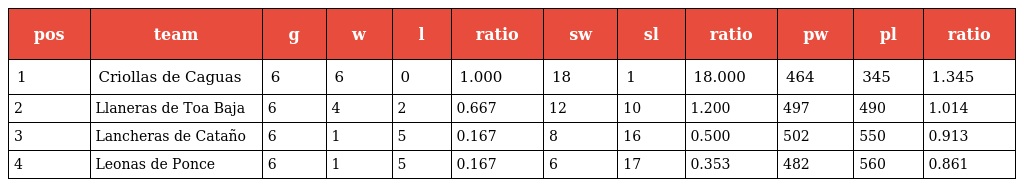
| pos | team | g | w | l | ratio | sw | sl | ratio | pw | pl | ratio |
 | --- | --- | --- | --- | --- | --- | --- | --- | --- | --- | --- | --- |
 | 1 | Criollas de Caguas | 6 | 6 | 0 | 1.000 | 18 | 1 | 18.000 | 464 | 345 | 1.345 |
 | 2 | Llaneras de Toa Baja | 6 | 4 | 2 | 0.667 | 12 | 10 | 1.200 | 497 | 490 | 1.014 |
 | 3 | Lancheras de Cataño | 6 | 1 | 5 | 0.167 | 8 | 16 | 0.500 | 502 | 550 | 0.913 |
 | 4 | Leonas de Ponce | 6 | 1 | 5 | 0.167 | 6 | 17 | 0.353 | 482 | 560 | 0.861 |